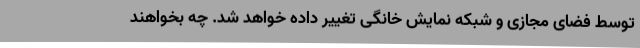
توسط فضای مجازی و شبکه نمایش خانگی تغییر داده خواهد شد. چه بخواهند